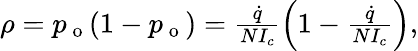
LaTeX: \begin{array}{r}{\rho=p_{\mathrm{~o~}}(1-p_{\mathrm{~o~}})=\frac{\dot{q}}{NI_{c}}\left(1-\frac{\dot{q}}{NI_{c}}\right),}\end{array}